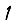
Digit: 1